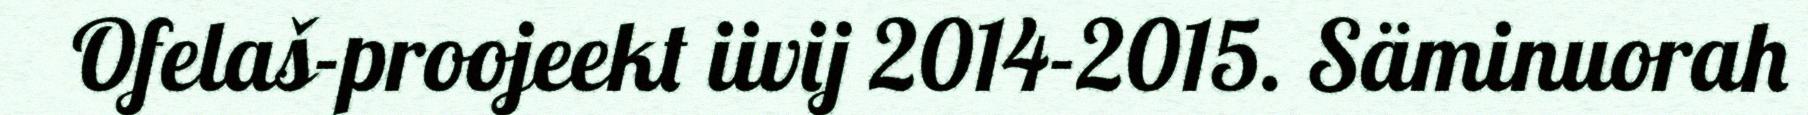
Ofelaš-proojeekt iivij 2014-2015. Säminuorah